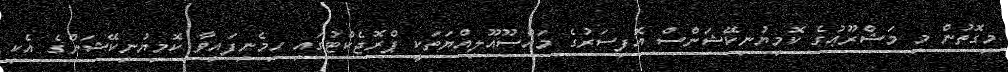
މިގޮތުން މި މަޝްރޫޢުގެ ކޮމިޔުނިކޭޝަންސް އޮފިސަރުގެ މައްސޫއޫލިއްޔަތަކީ ޕްރޮޖެކްޓުގައި ހިމެނިފައިވާ ކޮމިޔުނިކޭޝަންގެ އެކި